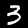
Label: 3